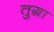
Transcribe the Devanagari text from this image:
तुग्रा